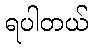
ရပါတယ်